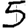
Digit: 5